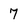
Character: 7